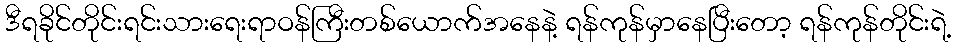
ဒီရခိုင်တိုင်းရင်းသားရေးရာဝန်ကြီးတစ်ယောက်အနေနဲ့ ရန်ကုန်မှာနေပြီးတော့ ရန်ကုန်တိုင်းရဲ့